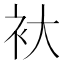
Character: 𮕨